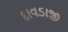
દાવડાજી